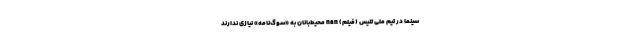
سینما در تیم ملی تنیس (فیلم) nan محیط‌بانان به «سوگ‌نامه» نیازی ندارند